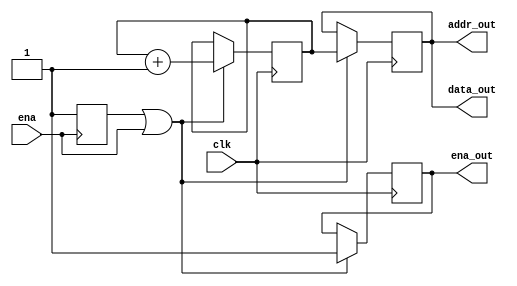
module data_source (
    input clk, ena,
    output reg ena_out,
    output [3:0] addr_out, data_out
);
    reg flag;
    reg [3:0] cnt, out;
    initial begin
        flag <= 1'b0;
        cnt <= 4'b0000;
        ena_out <= 1'b0;
    end
    always @ (posedge ena) flag <= 1'b1;
    always @ (posedge clk) if (flag | ena) begin
        ena_out <= 1'b1;
        out <= cnt;
        cnt <= cnt + 1'b1;
    end
    assign addr_out = out;
    assign data_out = out;
endmodule